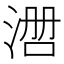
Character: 𰜃